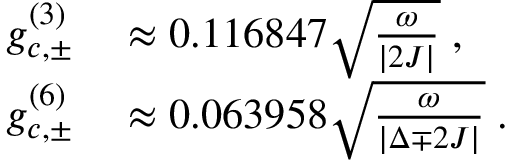
\begin{array} { r l } { g _ { c , \pm } ^ { ( 3 ) } } & { { } \approx 0 . 1 1 6 8 4 7 \sqrt { \frac { \omega } { \vert { 2 J } \vert } } \; , } \\ { g _ { c , \pm } ^ { ( 6 ) } } & { { } \approx 0 . 0 6 3 9 5 8 \sqrt { \frac { \omega } { \vert { \Delta \mp 2 J } \vert } } \; . } \end{array}